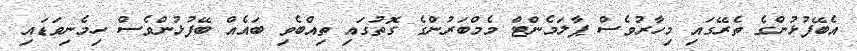
އެބޭފުޅުންގެ ތެރޭގައި މިހާރުވެސް ޕާލަމެންޓް މެމްބަރުންގެ ގޮތުގައި ތިއްބެވި ބައެއް ބޭފުޅުންވެސް ހިމެނިވަޑައި